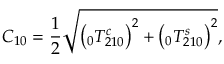
C _ { 1 0 } = \frac { 1 } { 2 } \sqrt { \left( \phantom { } _ { 0 } T _ { 2 1 0 } ^ { c } \right) ^ { 2 } + \left( \phantom { } _ { 0 } T _ { 2 1 0 } ^ { s } \right) ^ { 2 } } ,